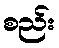
စည်း